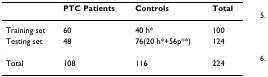
<table><thead><tr><td></td><td><b>PTC Patients</b></td><td><b>Controls</b></td><td><b>Total</b></td></tr></thead><tbody><tr><td>Training set</td><td>60</td><td>40 h*</td><td>100</td></tr><tr><td>Testing set</td><td>48</td><td>76(20 h*+56p**)</td><td>124</td></tr><tr><td>Total</td><td>108</td><td>116</td><td>224</td></tr></tbody></table>